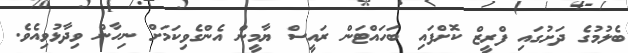
ބެލުމުގެ ދަށުގައި ފްރީޒް ކޮށްފައި ބަހައްޓަން ރައީސް ޔާމީން އެންގެވިކަމަށް ނިހާން ވިދާޅުވިއެވެ.